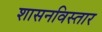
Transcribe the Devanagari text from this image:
शासनविस्तार